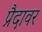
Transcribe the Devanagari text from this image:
प्रैदावर